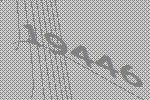
19446